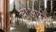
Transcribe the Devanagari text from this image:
होअपने